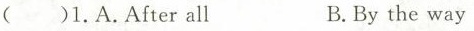
( )1.A.After all B. By the way